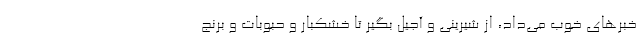
خبرهای خوب می‌داد، از شیرینی و آجیل بگیر تا خشکبار و حبوبات و برنج